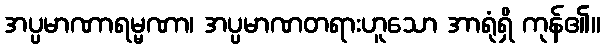
အပ္ပမာဏာရမ္မဏာ၊ အပ္ပမာဏတရားဟူသော အာရုံရှိ ကုန်၏။